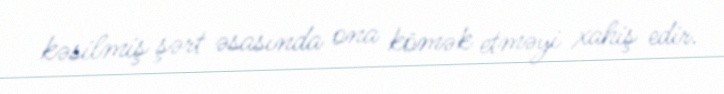
kəsilmiş şərt əsasında ona kömək etməyi xahiş edir.